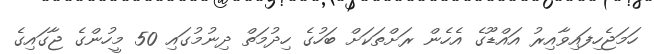
ހަމަޖެހިފައިވާއިރު އައްޑޫގެ އެހެން ރަށްތަކަށް ބަހުގެ ހިދުމަތް ދިނުމުގައި 50 މީހުންގެ ޖާގައިގެ